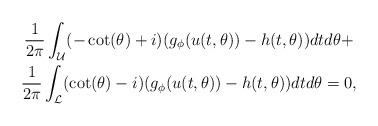
LaTeX: \begin{align*}\begin{gathered}\frac{1}{2\pi} \int_{\mathcal{U}} (-\cot(\theta) + i)(g_{\phi}(u(t,\theta)) - h(t,\theta ))dtd\theta + \\ \frac{1}{2\pi} \int_{\mathcal{L}} (\cot(\theta) - i)( g_{\phi}(u(t,\theta ))-h(t,\theta))dtd\theta =0 , \end{gathered}\end{align*}